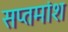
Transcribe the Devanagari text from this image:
सप्तमांश